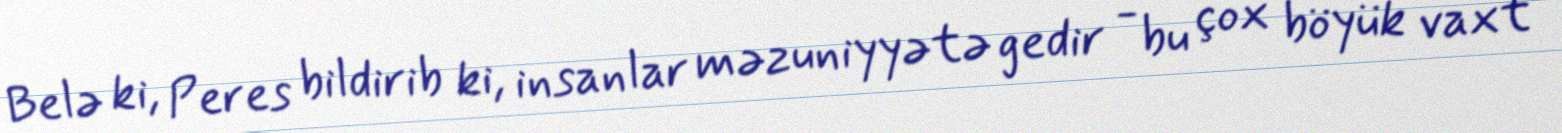
Belə ki, Peres bildirib ki, insanlar məzuniyyətə gedir - bu çox böyük vaxt